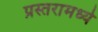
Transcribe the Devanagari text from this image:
प्रस्तरामध्ये